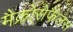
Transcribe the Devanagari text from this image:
मैक्रोसेफैलस